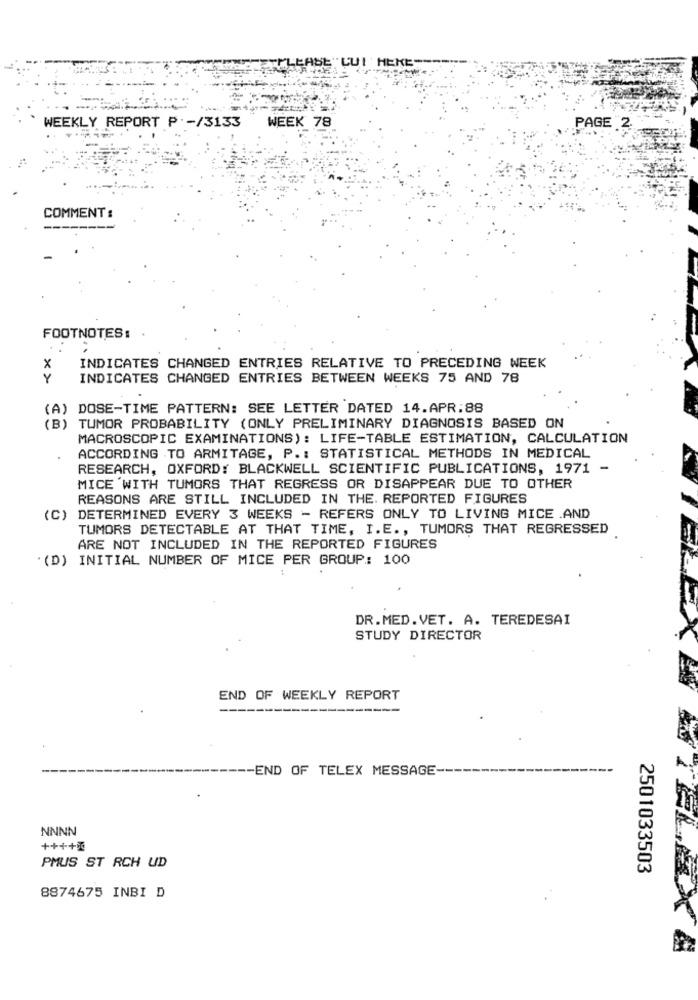
"CUI HEKE-
WEEK 78
WEEKLY REPORT P. - /3133
PAGE 2.
COMMENT :
FOOTNOTES:
X
INDICATES CHANGED ENTRIES RELATIVE TO PRECEDING WEEK
Y
INDICATES CHANGED ENTRIES BETWEEN WEEKS 75 AND 78
(A) DOSE-TIME PATTERN: SEE LETTER DATED 14.APR:88
(B) TUMOR PROBABILITY (ONLY PRELIMINARY DIAGNOSIS BASED ON
MACROSCOPIC EXAMINATIONS): LIFE-TABLE ESTIMATION, CALCULATION
ACCORDING TO ARMITAGE, P .: STATISTICAL METHODS IN MEDICAL
RESEARCH, OXFORD: BLACKWELL SCIENTIFIC PUBLICATIONS, 1971 -
MICE WITH TUMORS THAT REGRESS OR DISAPPEAR DUE TO OTHER
REASONS ARE STILL INCLUDED IN THE. REPORTED FIGURES
(C) DETERMINED EVERY 3 WEEKS - REFERS ONLY TO LIVING MICE .AND
TUMORS DETECTABLE AT THAT TIME, I.E ., TUMORS THAT REGRESSED
ARE NOT INCLUDED IN THE REPORTED FIGURES
"(D) INITIAL NUMBER OF MICE PER GROUP: 100
DR.MED.VET. A. TEREDESAI
STUDY DIRECTOR
END OF WEEKLY REPORT
--
-END OF TELEX MESSAGE-
NNNN
++++00
PMUS ST RCH UD
2501033503
8874675 INBI D
MTELAZX 4